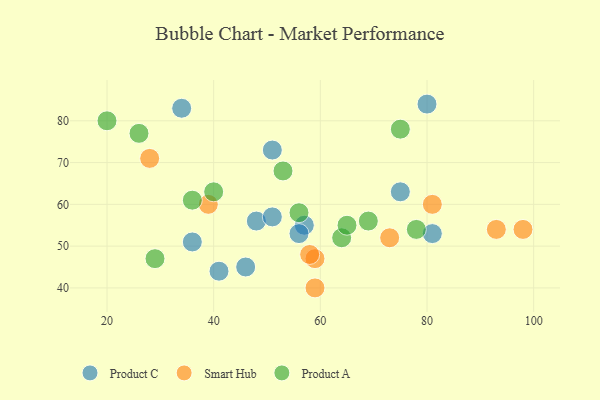
{"axis": {"x": "GDP", "y": "Life Expectancy"}, "legend": ["Product A", "Product C", "Smart Hub"], "data": [{"x": "75", "y": 63, "type": "Product C"}, {"x": "36", "y": 51, "type": "Product C"}, {"x": "57", "y": 55, "type": "Product C"}, {"x": "34", "y": 83, "type": "Product C"}, {"x": "56", "y": 53, "type": "Product C"}, {"x": "46", "y": 45, "type": "Product C"}, {"x": "48", "y": 56, "type": "Product C"}, {"x": "51", "y": 57, "type": "Product C"}, {"x": "80", "y": 84, "type": "Product C"}, {"x": "51", "y": 73, "type": "Product C"}, {"x": "41", "y": 44, "type": "Product C"}, {"x": "81", "y": 53, "type": "Product C"}, {"x": "81", "y": 60, "type": "Smart Hub"}, {"x": "59", "y": 40, "type": "Smart Hub"}, {"x": "73", "y": 52, "type": "Smart Hub"}, {"x": "93", "y": 54, "type": "Smart Hub"}, {"x": "98", "y": 54, "type": "Smart Hub"}, {"x": "59", "y": 47, "type": "Smart Hub"}, {"x": "39", "y": 60, "type": "Smart Hub"}, {"x": "58", "y": 48, "type": "Smart Hub"}, {"x": "28", "y": 71, "type": "Smart Hub"}, {"x": "40", "y": 63, "type": "Product A"}, {"x": "69", "y": 56, "type": "Product A"}, {"x": "75", "y": 78, "type": "Product A"}, {"x": "64", "y": 52, "type": "Product A"}, {"x": "56", "y": 58, "type": "Product A"}, {"x": "65", "y": 55, "type": "Product A"}, {"x": "20", "y": 80, "type": "Product A"}, {"x": "29", "y": 47, "type": "Product A"}, {"x": "78", "y": 54, "type": "Product A"}, {"x": "36", "y": 61, "type": "Product A"}, {"x": "26", "y": 77, "type": "Product A"}, {"x": "53", "y": 68, "type": "Product A"}]}